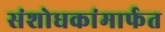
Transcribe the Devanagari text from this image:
संशोधकांमार्फत